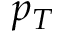
p _ { T }